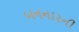
બનનારની